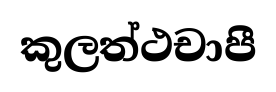
කුලත්ථචාපී